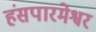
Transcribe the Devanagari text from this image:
हंसपारमेश्वर